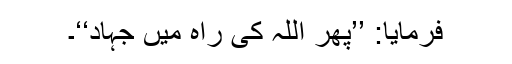
فرمایا: ’’پھر اللہ کی راہ میں جہاد‘‘۔